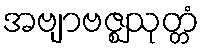
အဗျာဗဇ္ဈသုတ္တံ